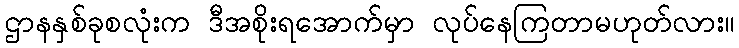
ဌာနနှစ်ခုစလုံးက ဒီအစိုးရအောက်မှာ လုပ်နေကြတာမဟုတ်လား။